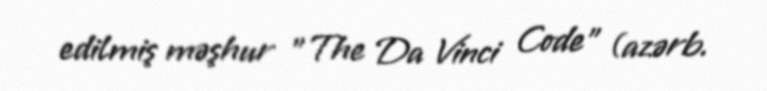
edilmiş məşhur "The Da Vinci Code" (azərb.